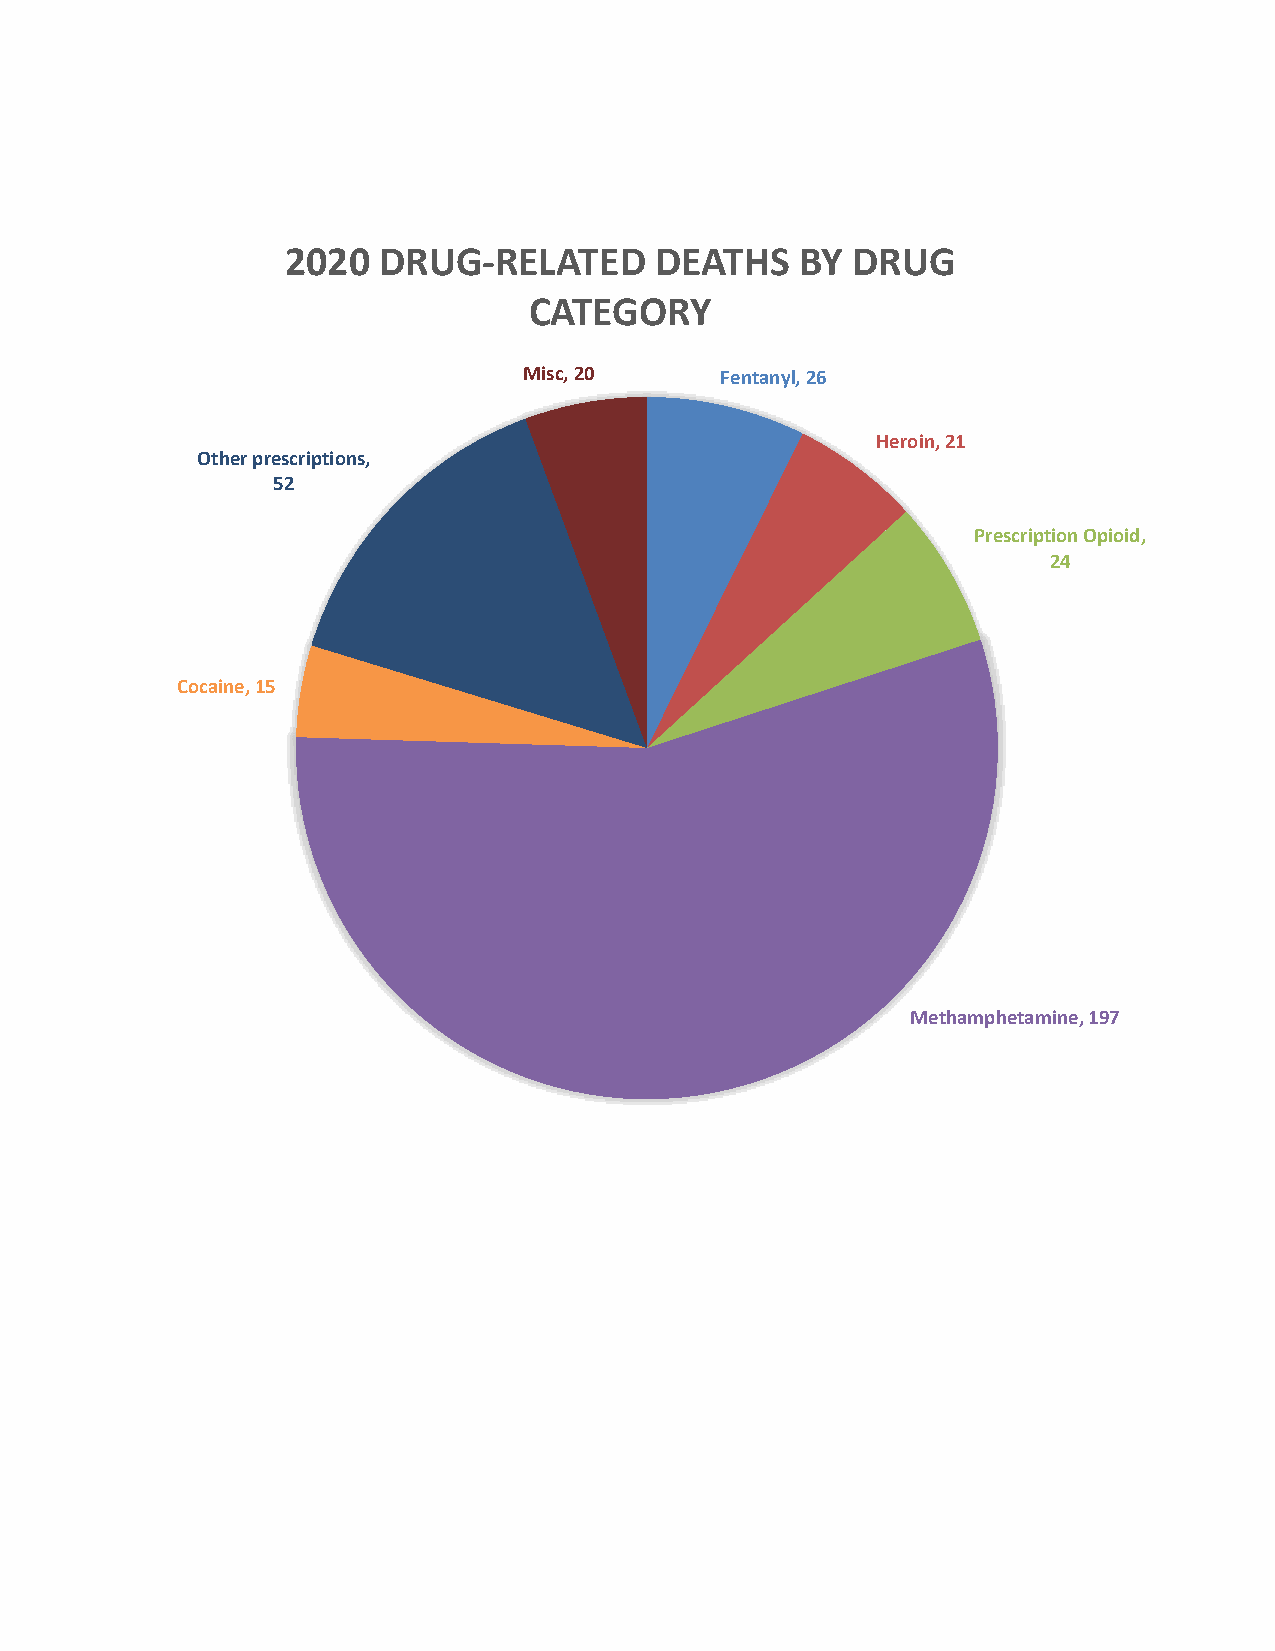
2020  DRUG-RELATED      DEATHS    BY DRUG
 CATEGORY
 Misc, 20     Fentanyl, 26
 Heroin, 21
 Other prescriptions,
 52
 Prescription Opioid,
 24
 Cocaine, 15
 Methamphetamine, 197